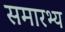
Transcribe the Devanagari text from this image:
समारभ्य